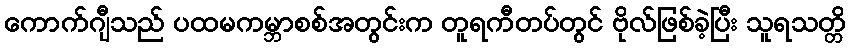
ကောက်ဂျီသည် ပထမကမ္ဘာစစ်အတွင်းက တူရကီတပ်တွင် ဗိုလ်ဖြစ်ခဲ့ပြီး သူရသတ္တိ